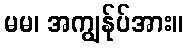
မမ၊ အကျွန်ုပ်အား။